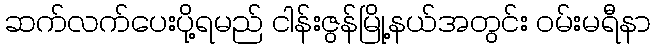
ဆက်လက်ပေးပို့ရမည် ငါန်းဇွန်မြို့နယ်အတွင်း ဝမ်းမရီနာ